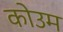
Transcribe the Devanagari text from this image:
कोउम